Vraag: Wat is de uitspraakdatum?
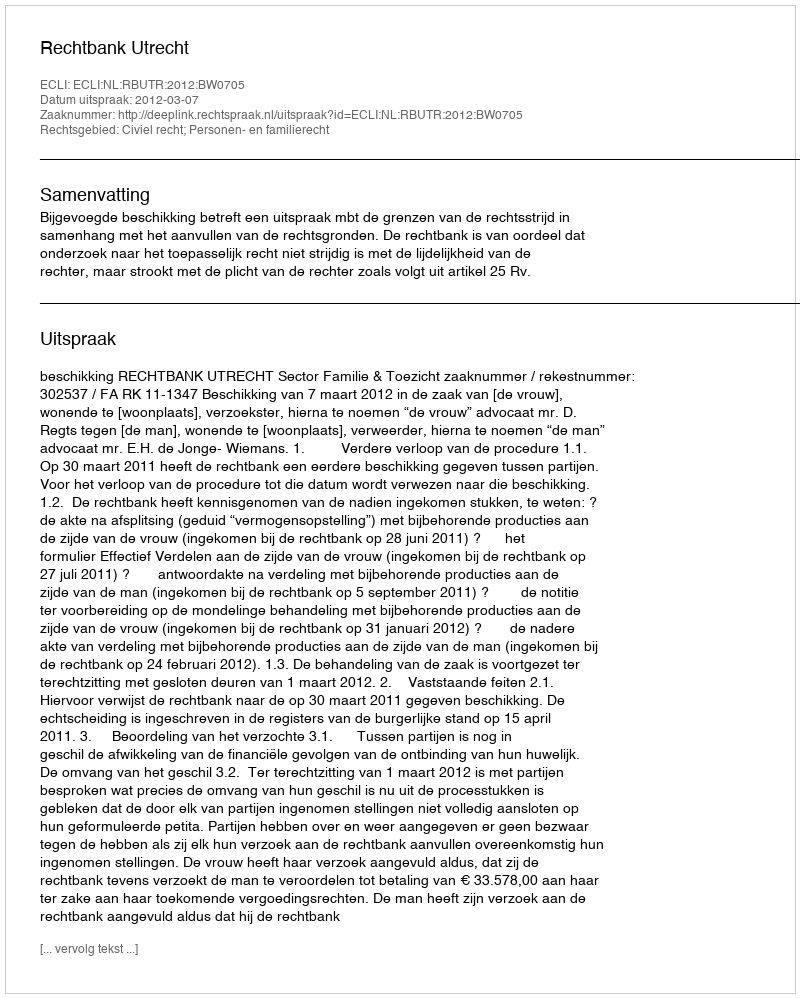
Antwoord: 2012-03-07